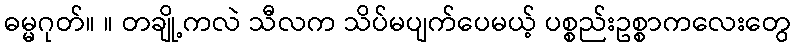
ဓမ္မဂုတ်။ ။ တချို့ကလဲ သီလက သိပ်မပျက်ပေမယ့် ပစ္စည်းဥစ္စာကလေးတွေ